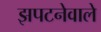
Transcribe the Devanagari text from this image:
झपटनेवाले